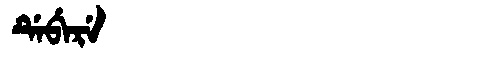
Manchu: ᡩᡝᠪᡝᡵᡝ
Romanization: DEBERE